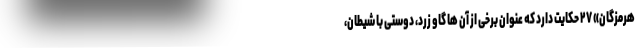
هرمزگان» ۲۷ حکایت دارد که عنوان برخی از آن ها گاو زرد، دوستی با شیطان،